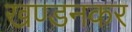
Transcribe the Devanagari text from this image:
खण्डनकर